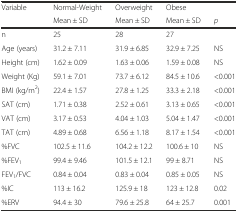
<table><thead><tr><td><b>Variable</b></td><td><b>Normal-Weight</b></td><td><b>Overweight</b></td><td><b>Obese</b></td><td></td></tr><tr><td></td><td><b>Mean ± SD</b></td><td><b>Mean ± SD</b></td><td><b>Mean ± SD</b></td><td><b><i>p</i></b></td></tr></thead><tbody><tr><td>n</td><td>25</td><td>28</td><td>27</td><td></td></tr><tr><td>Age (years)</td><td>31.2 ± 7.11</td><td>31.9 ± 6.85</td><td>32.9 ± 7.25</td><td>NS</td></tr><tr><td>Height (cm)</td><td>1.62 ± 0.09</td><td>1.63 ± 0.06</td><td>1.59 ± 0.08</td><td>NS</td></tr><tr><td>Weight (Kg)</td><td>59.1 ± 7.01</td><td>73.7 ± 6.12</td><td>84.5 ± 10.6</td><td>&lt;0.001</td></tr><tr><td>BMI (kg/m<sup>2</sup>)</td><td>22.4 ± 1.57</td><td>27.8 ± 1.25</td><td>33.3 ± 2.18</td><td>&lt;0.001</td></tr><tr><td>SAT (cm)</td><td>1.71 ± 0.38</td><td>2.52 ± 0.61</td><td>3.13 ± 0.65</td><td>&lt;0.001</td></tr><tr><td>VAT (cm)</td><td>3.17 ± 0.53</td><td>4.04 ± 1.03</td><td>5.04 ± 1.47</td><td>&lt;0.001</td></tr><tr><td>TAT (cm)</td><td>4.89 ± 0.68</td><td>6.56 ± 1.18</td><td>8.17 ± 1.54</td><td>&lt;0.001</td></tr><tr><td>%FVC</td><td>102.5 ± 11.6</td><td>104.2 ± 12.2</td><td>100.6 ± 10</td><td>NS</td></tr><tr><td>%FEV<sub>1</sub></td><td>99.4 ± 9.46</td><td>101.5 ± 12.1</td><td>99 ± 8.71</td><td>NS</td></tr><tr><td>FEV<sub>1</sub>/FVC</td><td>0.84 ± 0.04</td><td>0.83 ± 0.04</td><td>0.85 ± 0.05</td><td>NS</td></tr><tr><td>%IC</td><td>113 ± 16.2</td><td>125.9 ± 18</td><td>123 ± 12.8</td><td>0.02</td></tr><tr><td>%ERV</td><td>94.4 ± 30</td><td>79.6 ± 25.8</td><td>64 ± 25.7</td><td>0.001</td></tr></tbody></table>